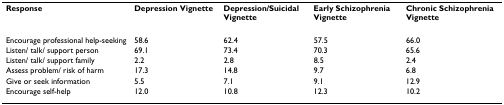
| Response | Depression Vignette | Depression/Suicidal Vignette | Early Schizophrenia Vignette | Chronic Schizophrenia Vignette |
 | --- | --- | --- | --- | --- |
 | Encourage professional help-seeking | 58.6 | 62.4 | 57.5 | 66.0 |
 | Listen/ talk/ support person | 69.1 | 73.4 | 70.3 | 65.6 |
 | Listen/ talk/ support family | 2.2 | 2.8 | 8.5 | 2.4 |
 | Assess problem/ risk of harm | 17.3 | 14.8 | 9.7 | 6.8 |
 | Give or seek information | 5.5 | 7.1 | 9.1 | 12.9 |
 | Encourage self-help | 12.0 | 10.8 | 12.3 | 10.2 |